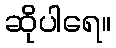
ဆိုပါရေ။